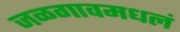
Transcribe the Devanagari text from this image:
जळगावमधलं